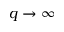
q \to \infty